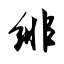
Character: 绯